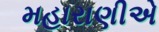
મહારાણીએ